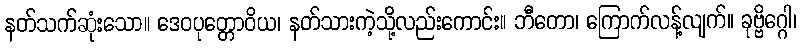
နတ်သက်ဆုံးသော။ ဒေဝပုတ္တောဝိယ၊ နတ်သားကဲ့သို့လည်းကောင်း။ ဘီတော၊ ကြောက်လန့်လျက်။ ခုဗ္ဗိဂ္ဂေါ၊